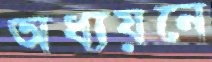
অধ্যয়নে